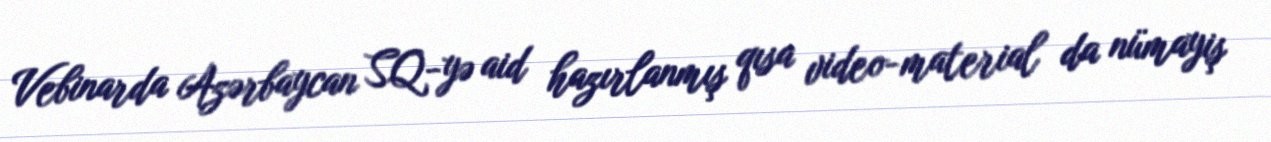
Vebinarda Azərbaycan SQ-yə aid hazırlanmış qısa video-material da nümayiş